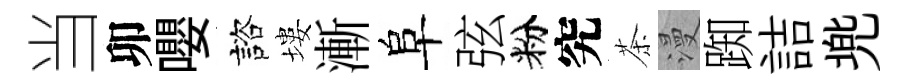
当卯嚶諮塿漸阜弦粉究茶漫踟詰兠